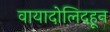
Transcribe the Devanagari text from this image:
वायादोलिदहून